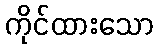
ကိုင်ထားသော